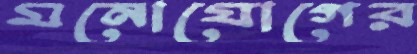
মনোযোগের